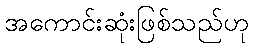
အကောင်းဆုံးဖြစ်သည်ဟု